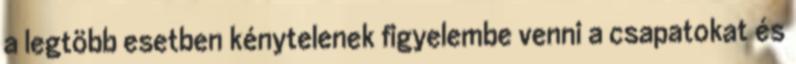
a legtöbb esetben kénytelenek figyelembe venni a csapatokat és